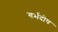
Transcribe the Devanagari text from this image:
गर्भदोष